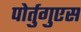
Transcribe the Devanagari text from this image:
पोर्तुगुएस